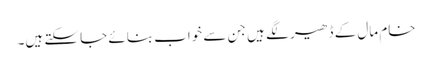
خام مال کے ڈھیر لگے ہیں جن سے خواب بنائے جا سکتے ہیں۔